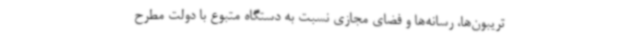
تریبون‌ها، رسانه‌ها و فضای مجازی نسبت به دستگاه متبوع با دولت مطرح